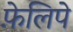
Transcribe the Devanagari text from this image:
फ़ेलिपे